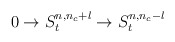
\begin{align*}0 \rightarrow S^{n,n_c+l}_t \rightarrow S^{n,n_c-l}_t\end{align*}